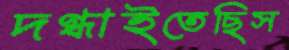
দগ্ধাইতেছিস